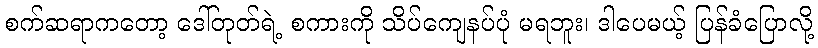
စက်ဆရာကတော့ ဒေါ်တုတ်ရဲ့ စကားကို သိပ်ကျေနပ်ပုံ မရဘူး၊ ဒါပေမယ့် ပြန်ခံပြောလို့